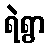
ရဲရွာ